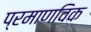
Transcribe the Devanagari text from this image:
प्रमाणविक